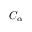
C _ { \alpha }